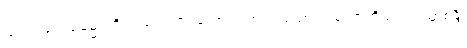
ယံ ယံ ဒေယျဓမ္မံ၊ ကို။ ပရေ ယာဝနကာ၊ တစ်ပါး သောယာစကာတို့သည်။ ယာစန္တိ၊